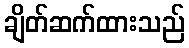
ချိတ်ဆက်ထားသည်